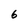
Character: 6